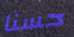
حسنا